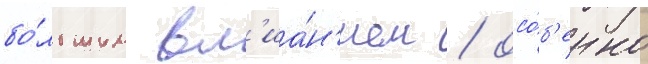
бо́льшим вл'иа́н'ием / осо́б'енно